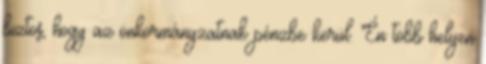
biztos, hogy az önkormányzatnak pénzbe kerül. Én több helyen